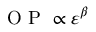
\mathrm { ~ O ~ P ~ } \propto \varepsilon ^ { \beta }